Annual report of the Imperial Bacteriologist
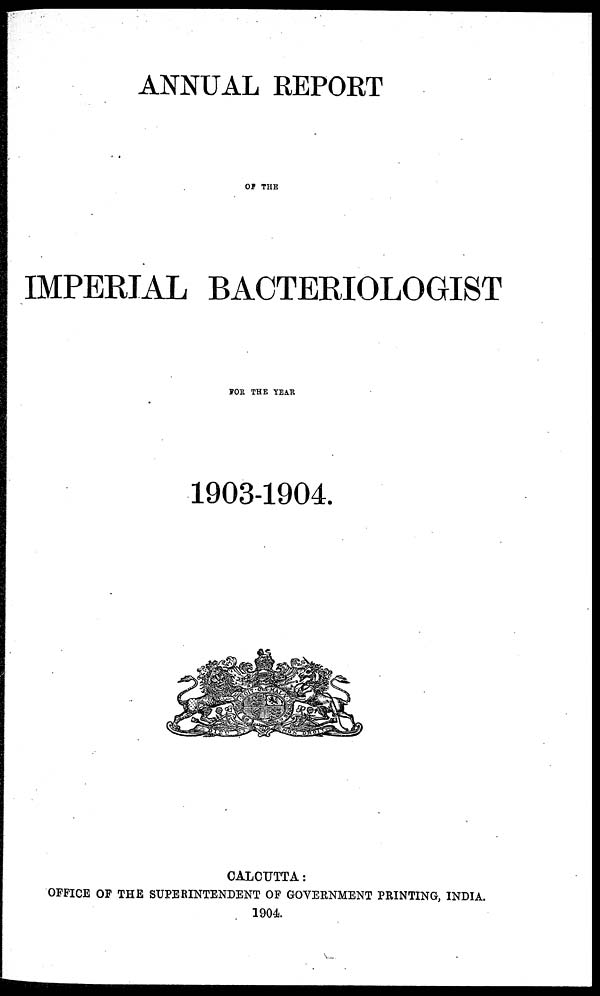
ANNUAL REPORT
OF THE
IMPERIAL BACTERIOLOGIST
FOR THE YEAR
1903-1904.
CALCUTTA:
OFFICE OF THE SUPERINTENDENT OF GOVERNMENT PRINTING, INDIA.
1904.